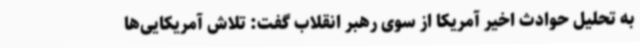
به تحلیل حوادث اخیر آمریکا از سوی رهبر انقلاب گفت: تلاش آمریکایی‌ها